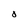
Character: O